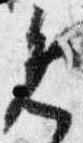
覧